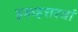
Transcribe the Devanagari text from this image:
इकहत्तरवां